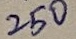
Text: 250